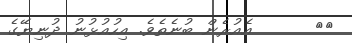
١٠      އެއުރެން ބުނެތެވެ. އިހުއުޅުނު ދުނިޔޭގެ